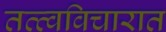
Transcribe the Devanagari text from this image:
तत्त्वविचारात